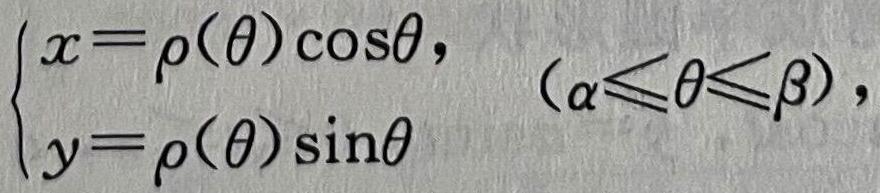
$\begin{cases}x = \rho(\theta)\cos\theta,\\y = \rho(\theta)\sin\theta\end{cases}\quad(\alpha\leqslant\theta\leqslant\beta),$